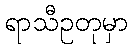
ရာသီဥတုမှာ